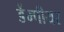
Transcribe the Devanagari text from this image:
डेंम्पीयर